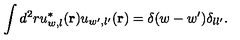
\displaystyle \int d ^ { 2 } r u _ { w , l } ^ { * } ( { \bf r } ) u _ { w ^ { \prime } , l ^ { \prime } } ( { \bf r } ) = \delta ( w - w ^ { \prime } ) \delta _ { l l ^ { \prime } } .